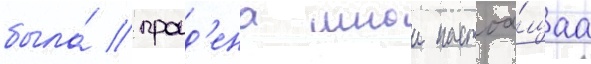
была́ проид'ена мнои настоа́щаа